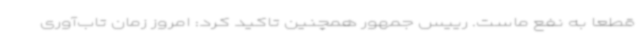
قطعاً به نفع ماست. رییس جمهور همچنین تاکید کرد: امروز زمان تاب‌آوری